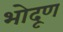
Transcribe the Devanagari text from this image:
भोदूण